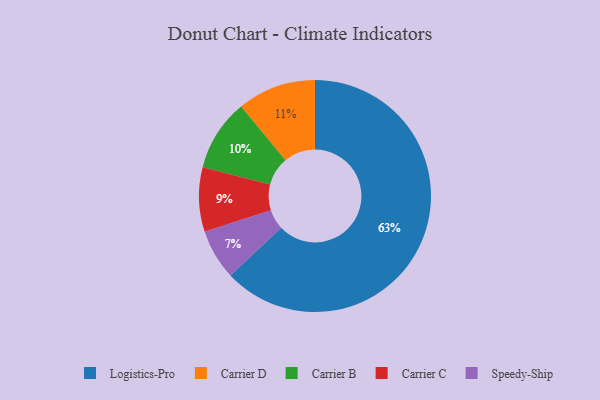
{"axis": {"x": "Category", "y": "Percentage"}, "legend": ["Carrier B", "Carrier C", "Carrier D", "Logistics-Pro", "Speedy-Ship"], "data": [{"x": "Speedy-Ship", "y": 7, "type": "Speedy-Ship"}, {"x": "Logistics-Pro", "y": 63, "type": "Logistics-Pro"}, {"x": "Carrier C", "y": 9, "type": "Carrier C"}, {"x": "Carrier D", "y": 11, "type": "Carrier D"}, {"x": "Carrier B", "y": 10, "type": "Carrier B"}]}